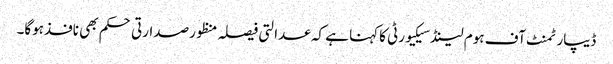
ڈیپارٹمنٹ آف ہوم لینڈسیکیورٹی کاکہنا ہے کہ عدالتی فیصلہ منظورصدارتی حکم بھی نافذہوگا۔